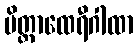
မိတ္တာထေရီဂါထာ